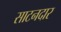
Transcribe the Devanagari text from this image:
साटनदार